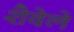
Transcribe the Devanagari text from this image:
शैवेले